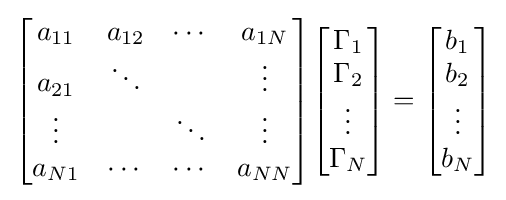
{\begin{bmatrix}a_{11}&a_{12}&\cdots &a_{1N}\\a_{21}&\ddots &&\vdots \\\vdots &&\ddots &\vdots \\a_{N1}&\cdots &\cdots &a_{NN}\end{bmatrix}}{\begin{bmatrix}\Gamma _{1}\\\Gamma _{2}\\\vdots \\\Gamma _{N}\end{bmatrix}}={\begin{bmatrix}b_{1}\\b_{2}\\\vdots \\b_{N}\end{bmatrix}}